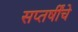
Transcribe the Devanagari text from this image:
सप्तर्षींचे